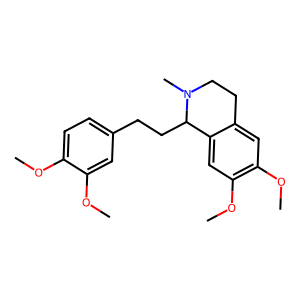
SMILES: COc1ccc(CCC2c3cc(OC)c(OC)cc3CCN2C)cc1OC
Inhibits HIV replication: No